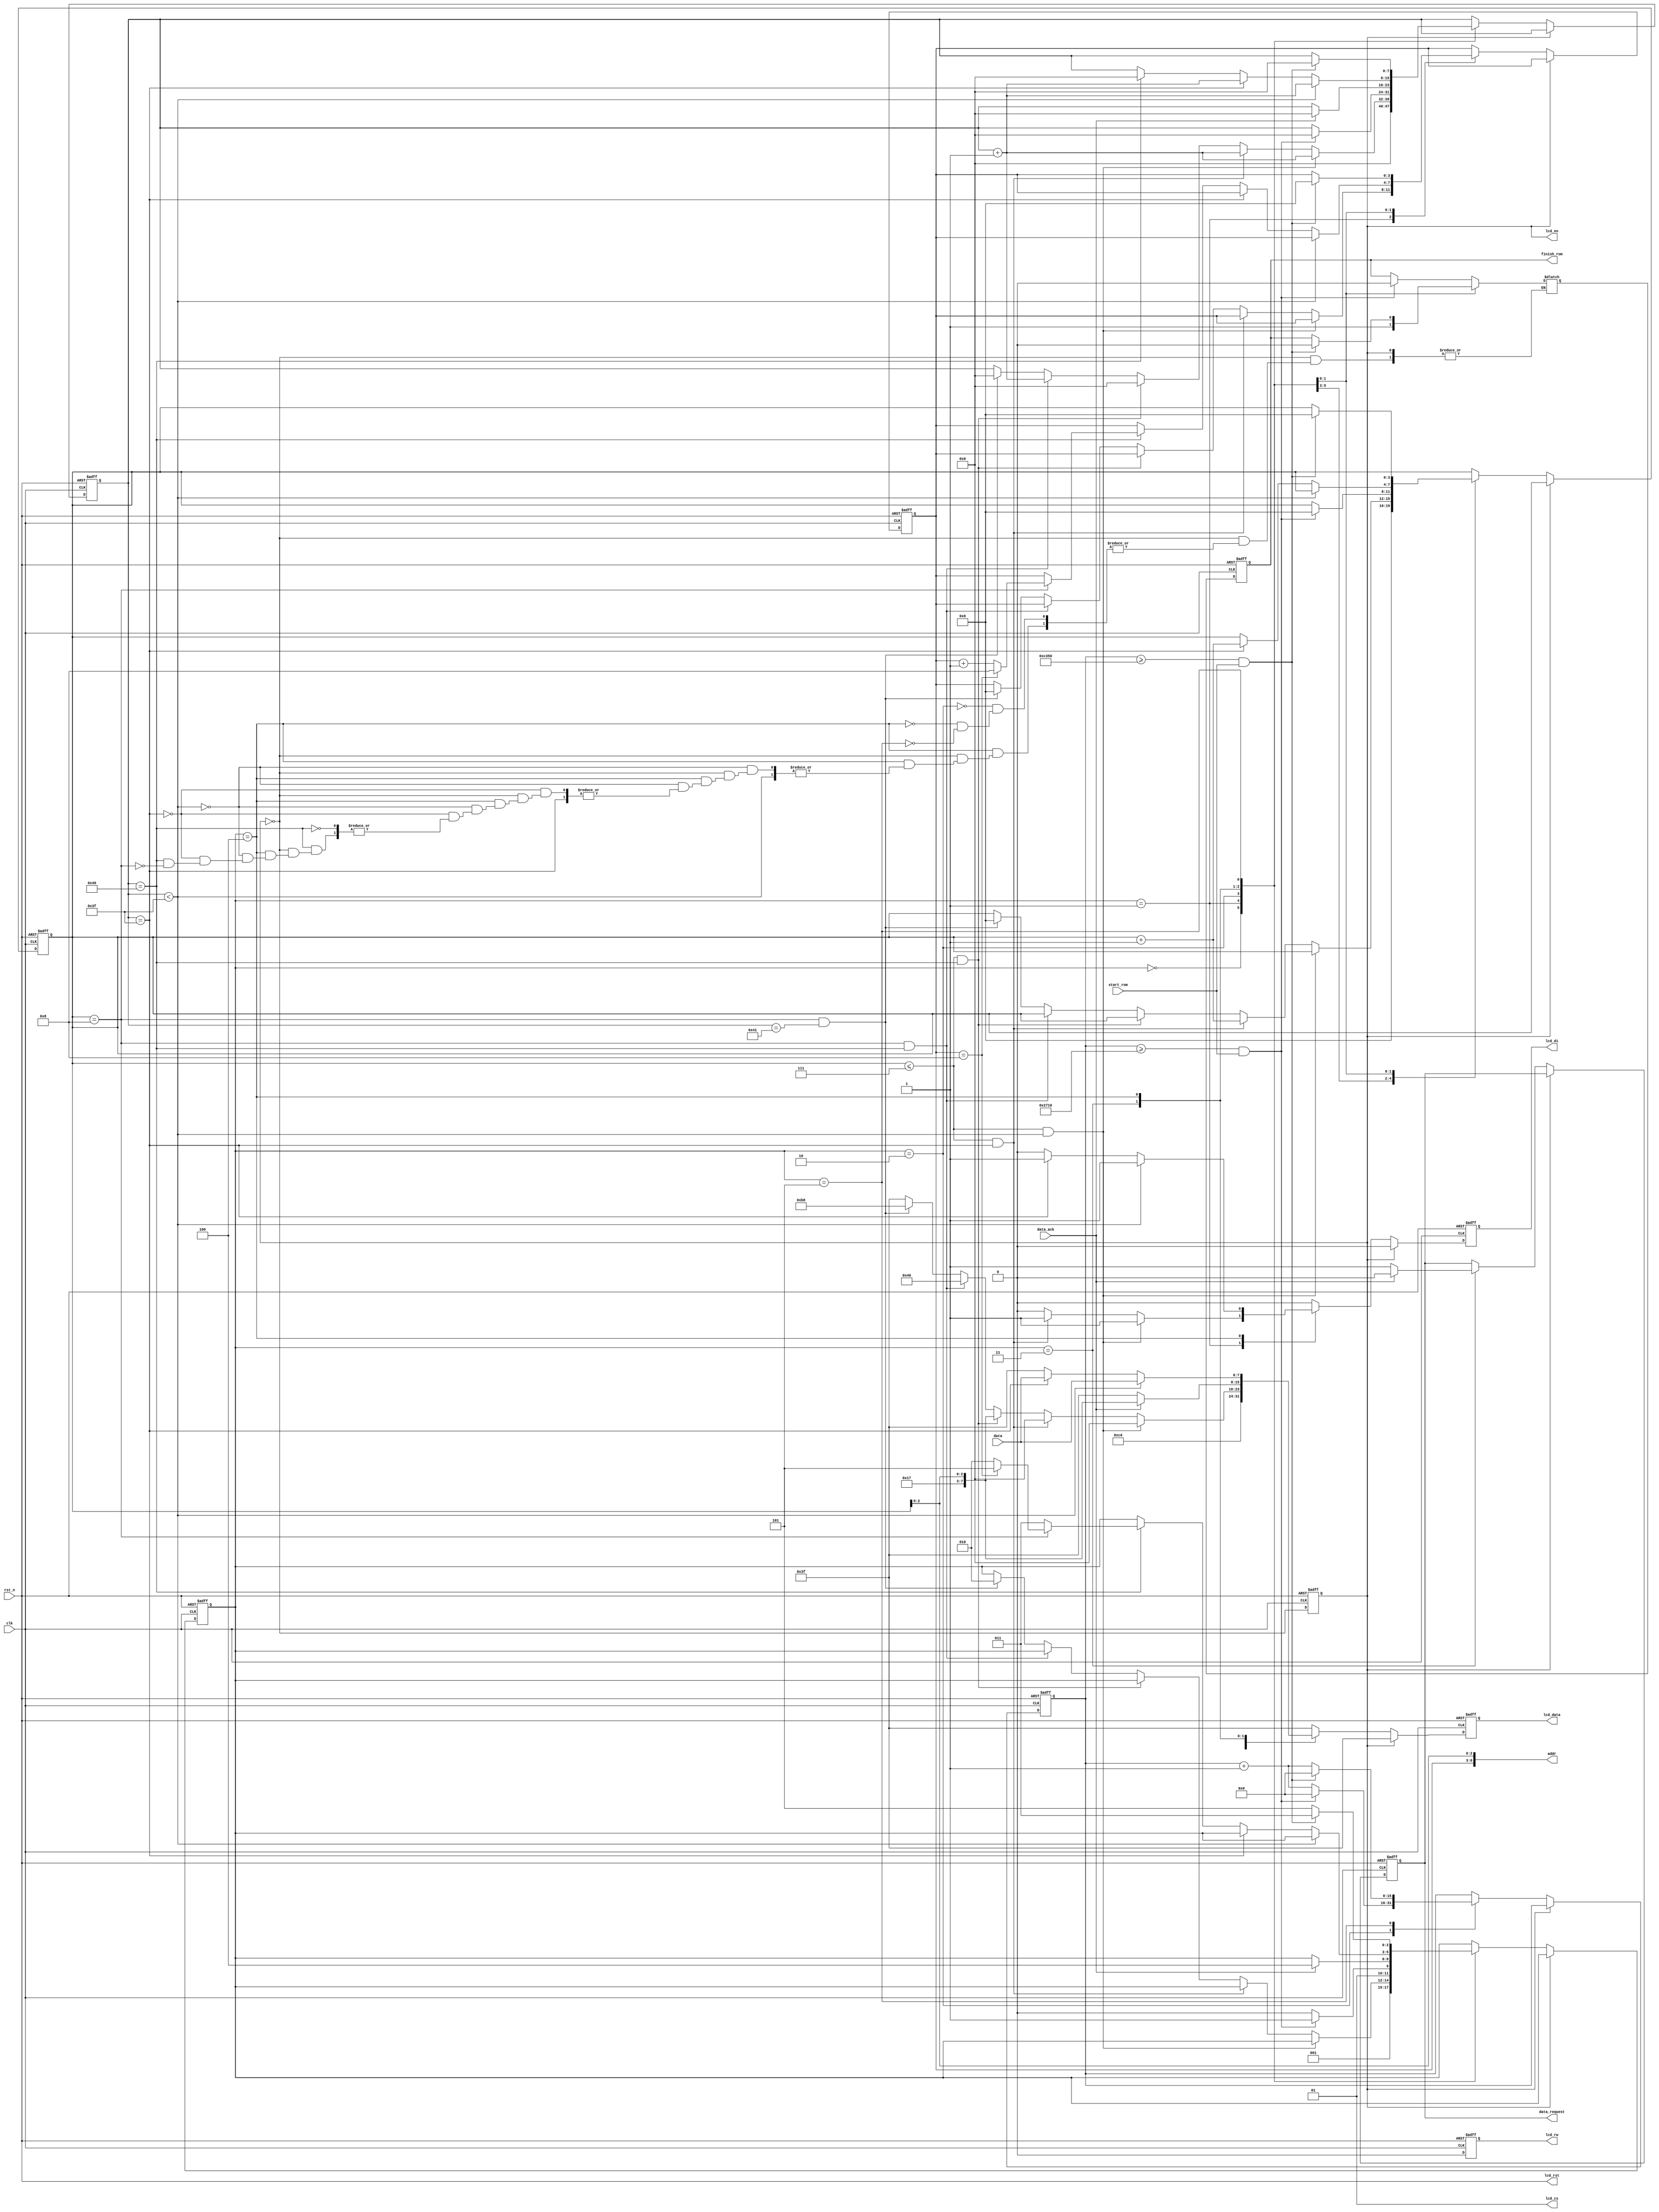
`timescale 1ns / 1ps
//////////////////////////////////////////////////////////////////////////////////
// Company: 
// Engineer: 
// 
// Design Name: 
// Module Name:    lcd_ctrl 
// Project Name: 
// Target Devices: 
// Tool versions: 
// Description: 
//
// Dependencies: 
//
// Revision: 
// Revision 0.01 - File Created
// Additional Comments: 
//
//////////////////////////////////////////////////////////////////////////////////
`define LCD_SET_DSL      10'b0_0_11000000
`define LCD_ERASE        10'b1_0_00000000
`define LCD_DISPLAY_IDLE 10'b0_0_00111111
`define INIT_LCD     3'b000
`define ERASE_LCD    3'b001
`define LCD_IDLE         3'b010
`define REQUEST_DATA 3'b011
`define READ_DATA    3'b100
`define PAUSE_2 3'b101   /////L
`define ENABLED  1'b1
`define DISABLED 1'b0

module lcd_ctrl_2(
  clk, // LCD controller clock
  rst_n, // active low reset
  data_ack, // data re-arrangement buffer ready indicator
  data, // byte data transfer from buffer
  lcd_di, // LCD data/instruction 
  lcd_rw, // LCD Read/Write
  lcd_en, // LCD enable
  lcd_rst, // LCD reset
  lcd_cs, // LCD frame select
  lcd_data, // LCD data
  addr, // Address for each picture
  data_request, // request for the memory data
  start_rom,
  finish_rom
);
input start_rom;
output reg finish_rom;
input clk; // LCD controller clock
input rst_n; // active low reset
input data_ack; // data re-arrangement buffer ready indicator
input [7:0] data; // byte data transfer from buffer
output lcd_di; // LCD data/instruction 
output lcd_rw; // LCD Read/Write
output lcd_en; // LCD enable
output lcd_rst; // LCD reset
output [1:0] lcd_cs; // LCD frame select
output [7:0] lcd_data; // LCD data
output [6:0] addr; // Address for each picture
output data_request; // request for the memory data

reg finish_rom_tmp;
reg lcd_di; // LCD data/instruction 
reg lcd_rw; // LCD Read/Write
reg [7:0] lcd_data; // LCD data
reg lcd_di_next; // LCD data/instruction 
reg lcd_rw_next; // LCD Read/Write
reg [7:0] lcd_data_next; // LCD data
reg data_request; // request for the memory data
reg data_request_next; // request for the memory data
reg lcd_en; // LCD enable
wire lcd_en_next; // LCD enable

reg [2:0] state; // FSM state definition
reg [2:0] state_next; // FSM state definition

reg [7:0] counter_y; // y counter
reg [7:0] counter_y_next; // y counter
reg [3:0] counter_page; // page counter
reg [3:0] counter_page_next; // page counter

reg [3:0] image; // image counter
reg [3:0] image_next; // image counter

reg [15:0] idle_counter; // idle time counter
reg [15:0] idle_counter_next; // idle time counter

assign addr = {image, counter_page[2:0]};
assign lcd_rst = rst_n;
assign lcd_cs = 2'b01;

// Counter for the LCD
// counter_y: counter for the y axis
// counter_page: counter for the pages

// FSM for LCD
always @*
begin
//  set_lcd_value(`LCD_DISPLAY_IDLE,lcd_di_next,lcd_rw_next,lcd_data_next); 
  {lcd_di_next,lcd_rw_next,lcd_data_next} = `LCD_DISPLAY_IDLE;
  state_next = state;
  counter_page_next = counter_page;
  counter_y_next = counter_y;
  image_next = image;
  idle_counter_next = idle_counter;
  data_request_next = data_request;
  if (~lcd_en)
  begin
    case (state)
      
		
		`INIT_LCD:
      begin
        {lcd_di_next,lcd_rw_next,lcd_data_next} = `LCD_SET_DSL;
        state_next = `ERASE_LCD;
        counter_y_next = 7'd0;
        counter_page_next = 4'd0;
      end
     

	  `ERASE_LCD:
      begin
        if (counter_page<=4'd7 && counter_y<7'd63)
        begin
          {lcd_di_next,lcd_rw_next,lcd_data_next} = `LCD_ERASE;			 
          counter_y_next = counter_y + 1'b1;
        end // Erase first 63 bytes in same page
        else if (counter_page<=4'd7 && counter_y == 7'd63)
        begin
          {lcd_di_next,lcd_rw_next,lcd_data_next} = `LCD_ERASE;
          counter_y_next = counter_y + 1'b1;
          counter_page_next = counter_page + 1'b1;
        end // Erase last byte in page and prepare change to next page
        else if (counter_page<=4'd7 && counter_y == 7'd64)
        begin
          {lcd_di_next,lcd_rw_next,lcd_data_next} = {7'b0_0_10111, counter_page[2:0]};
          counter_y_next = 7'b0;
        end // change to next page for erasing
        else if (counter_page==4'd8 && counter_y==7'd64)
        begin
          {lcd_di_next,lcd_rw_next,lcd_data_next} = {4'b0_0_01, 6'b0};
          counter_y_next = counter_y + 1'b1;
        end // Set Y
        else if (counter_page==4'd8 && counter_y==7'd65)
        begin
          {lcd_di_next,lcd_rw_next,lcd_data_next} = {7'b0_0_10111, 3'd0};
          counter_y_next = 7'd0;
          counter_page_next = 4'b0;
          state_next = `LCD_IDLE;
          image_next = 4'd0;
        end // Set X
      end
      
		
		
		`LCD_IDLE:
      begin
        {lcd_di_next,lcd_rw_next,lcd_data_next} = `LCD_DISPLAY_IDLE;
        if (idle_counter >= 16'd10000 && start_rom==1)
        begin
		    finish_rom_tmp = 1'd0;
          state_next = `REQUEST_DATA;
          idle_counter_next = 16'd0;
          counter_y_next = 7'd0;
          counter_page_next = 4'd0;
        end
        else
        begin
          state_next = `LCD_IDLE;
          idle_counter_next = idle_counter + 16'b1;
			 finish_rom_tmp = finish_rom;
        end
      end
    


	 `REQUEST_DATA:
      begin
        data_request_next = `ENABLED;
        if (data_ack == `ENABLED)
        begin
          state_next = `READ_DATA;
          data_request_next = `DISABLED;
          counter_y_next = 7'd0;
          {lcd_di_next,lcd_rw_next,lcd_data_next} = {7'b0_0_10111, counter_page[2:0]};
        end
      end
   


   `READ_DATA:
      begin
        if (counter_y<7'd63)
        begin
          {lcd_di_next,lcd_rw_next,lcd_data_next} = {2'b1_0,data};
          counter_y_next = counter_y + 1'b1;
        end
        else if (counter_y==7'd63)
        begin
          {lcd_di_next,lcd_rw_next,lcd_data_next} = {2'b1_0,data};
          counter_y_next = counter_y + 1'b1;
          counter_page_next = counter_page + 1'b1;
        end
        else if (counter_y==7'd64)
        begin
          counter_y_next = 7'd0;
          if (counter_page==4'd8)
          begin
				if(image==4'd8)
					begin
					image_next = 4'd8; // change to next image
					state_next = `PAUSE_2;/////L
					finish_rom_tmp = 1'd1;
					end
				else
					begin
					image_next = image + 1'b1; // change to next image
					state_next = `LCD_IDLE;
					finish_rom_tmp = 1'd1;
					end
			 end			///L
          else
            state_next = `REQUEST_DATA;
        end
      end
  



		`PAUSE_2:  //////L
      begin
        {lcd_di_next,lcd_rw_next,lcd_data_next} = `LCD_DISPLAY_IDLE;
        if (idle_counter>= 16'd50000 && start_rom==1)///1000040000
        begin
		  finish_rom_tmp = 1'd0;
		  state_next = `REQUEST_DATA;
          idle_counter_next = 16'd0;
          counter_y_next = 7'd0;
          counter_page_next = 4'd0;
			 image_next = 4'd0;
        end
        else
        begin
          state_next = `PAUSE_2;
          idle_counter_next = idle_counter + 16'b1;
			 finish_rom_tmp = finish_rom;
        end
      end




    endcase
  end
end




always @(posedge clk or negedge rst_n)
  if (~rst_n)
  begin
    state <= 3'd0;
    counter_y <= 7'd0;
    counter_page <= 4'd0;
    image <= 4'd0;
    idle_counter <= 17'd0;
    data_request <= 1'b0;
    lcd_di <= 1'b0;
    lcd_rw <= 1'b0;
    lcd_data <= 8'd0;
    lcd_en <= 1'b0;
	 finish_rom<=1'd1;
  end
  else
  begin
    state <= state_next;
    counter_y <= counter_y_next;
    counter_page <= counter_page_next;
    image <= image_next;
    idle_counter <= idle_counter_next;
    data_request <= data_request_next;
    lcd_di <= lcd_di_next;
    lcd_rw <= lcd_rw_next;
    lcd_data <= lcd_data_next;
    lcd_en <= lcd_en_next;
	 finish_rom<=finish_rom_tmp;
  end

assign lcd_en_next = ~lcd_en;

endmodule